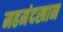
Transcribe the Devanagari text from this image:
महमंदखान